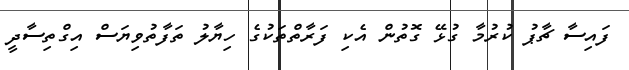
ފައިސާ ޗާޕު ކުރުމާ ގުޅޭ ގޮތުން އެކި ފަރާތްތަކުގެ ހިޔާލު ތަފާތުވިޔަސް އިގްތިސާދީ